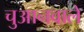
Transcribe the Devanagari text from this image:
चुआनवाले